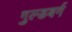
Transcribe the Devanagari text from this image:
गुल्डबर्ग